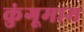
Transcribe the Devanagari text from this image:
कुंगूमाम